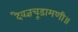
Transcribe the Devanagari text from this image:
दैवज्ञचूडामणी॥